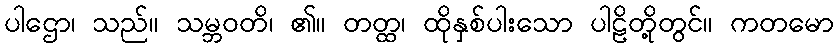
ပါဌော၊ သည်။ သမ္ဘဝတိ၊ ၏။ တတ္ထ၊ ထိုနှစ်ပါးသော ပါဠိတို့တွင်။ ကတမော